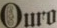
OUFO